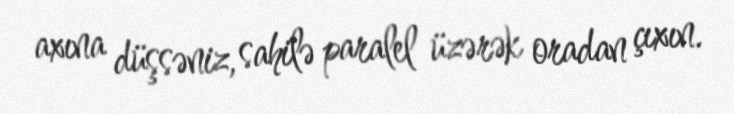
axına düşsəniz, sahilə paralel üzərək oradan çıxın.